Vaccination report Assam 1874-1896 - 1874-1896
Year: 1874
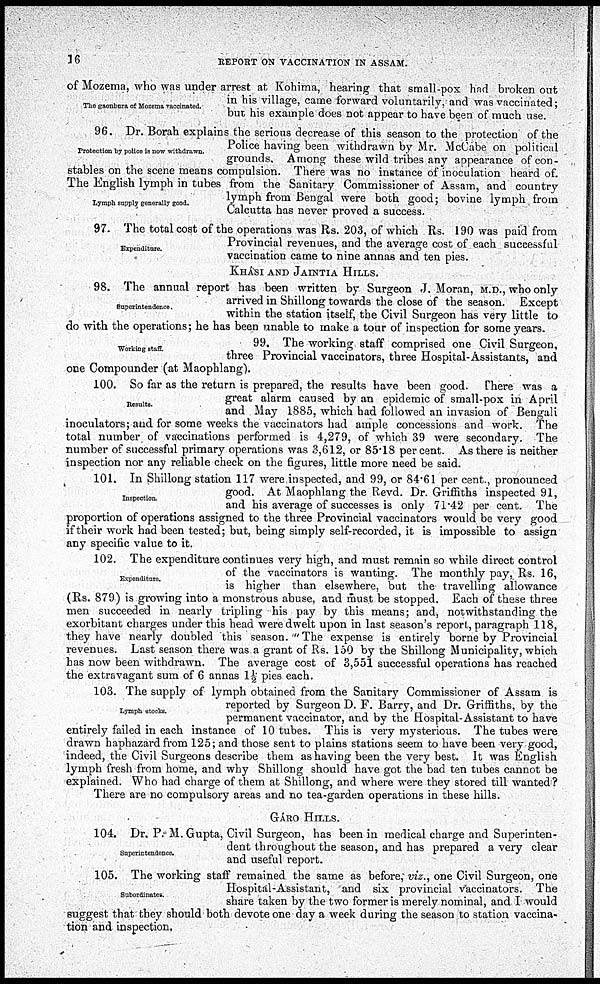
16
REPORT ON VACCINATION IN ASSAM.
The gaonbura of Mozema vaccinated.
of Mozema, who was under arrest at Kohima, hearing that small-pox had broken out
in his village, came forward voluntarily, and was vaccinated;
but his example does not appear to have been of much use.
Protection by police is now withdrawn.
Lymph supply generally good.
96. Dr. Borah explains the serious decreas
the protection of the
Police having been
McCabe on political
grounds. Among these wild tribes any
stables on the scene means compulsion. There was no instance of
of.
The English lymph in tubes from the Sanitary Commissioner of Assam, and country
lymph from Bengal were both good; bovine lymph from
Calcutta has never proved a success.
Expenditure.
97. The total cost of the operations was Rs. 203, of which Rs. 190 was paid from
Provincial revenues, and the average cost of each successful
vaccination came to nine annas and ten pies.
KHÁSI AND JAINTIA HILLS.
Superintendence,
98. The annual report has been written by Surgeon J. Moran, M.D., who only
arrived in Shillong towards the close of the season. Except
within the station itself, the Civil Surgeon has very little to
do with the operations; he has been unable to make a tour of inspection for some years.
Working staff.
99. The working staff comprised one Civil Surgeon,
three Provincial vaccinators, three Hospital-Assistants, and
one Compounder (at Maophlang).
Results.
100. So far as the return is prepared, the results have been good. There was a
great alarm caused by an epidemic of small-pox in April
and May 1885, which had followed an invasion of Bengali
inoculators; and for some weeks the vaccinators had ample concessions and work. The
total number of vaccinations performed is 4,279, of which 39 were secondary. The
number of successful primary operations was 3,612, or 85.18 per.cent. As there is neither
insnecfcion nor any reliable check on the figures, little more need be said.
Inspection.
101. In Shillong station 117 were inspected, and 99, or 84.61 per cent., pronounced
good. At Maophlang the Revd. Dr. Griffiths inspected 91,
and his average of successes is only 71.42 per cent. The
proportion of operations assigned to the three Provincial vaccinators would be very good
if their work had been tested; but, being simply self-recorded, it is impossible to assign
any specific value to it.
Expenditure.
102. The expenditure continues very high, and must remain so while direct control
of the vaccinators is wanting. The monthly pay, Rs. 16,
is higher than elsewhere, but the travelling allowance
(Rs. 879) is growing into a monstrous abuse, and must be stopped. Each of these three
men succeeded in nearly tripling his pay by this means; and, notwithstanding the
exorbitant charges under this head were dwelt upon in last season's report, paragraph 118,
they have nearly doubled this season. " The expense is entirely borne by Provincial
revenues. Last season there was a grant of Rs. 150 by the Shillong Municipality, which
has now been withdrawn. The average cost of 3,551 successful operations has reached
the extravagant sum of 6 annas 1½ pies each.
Lymph stocks.
103. The supply of lymph obtained from the Sanitary Commissioner of Assam is
reported by Surgeon D. F. Barry, and Dr. Griffiths, by the
permanent vaccinator, and by the Hospital-Assistant to have
entirely failed in each instance of 10 tubes. This is very mysterious. The tubes were
drawn haphazard from 125; and those sent to plains stations seem to have been very good,
indeed, the Civil Surgeons describe them as having been the very best. It was English
lymph fresh from home, and why Shillong should have got the bad ten tubes cannot be
explained. Who had charge of them at Shillong, and where were they stored till wanted ?
There are no compulsory areas and no tea-garden operations in these hills.
GÁRO HILLS.
Superintendence.
104. Dr. P. M.Gupta, Civil Surgeon, has been in medical charge and Superinten-
dent throughout the season, and has prepared a very clear
and useful report.
Subordinates.
105. The working staff remained the same as before, viz., one Civil Surgeon, one
Hospital-Assistant, and six provincial Vaccinators. The
share taken by the two former is merely nominal, and I would
suggest that they should both devote one day a week during the season to station vaccina-
tion and inspection.